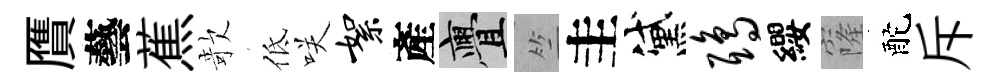
贋藝蕉欹低咲絮產亹竺圭黛鸱纓窿酡斥